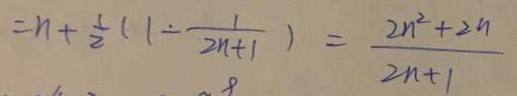
= n + \frac { 1 } { 2 } ( 1 - \frac { 1 } { 2 n + 1 } ) = \frac { 2 n ^ { 2 } + 2 n } { 2 n + 1 }